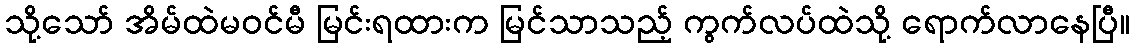
သို့သော် အိမ်ထဲမဝင်မီ မြင်းရထားက မြင်သာသည့် ကွက်လပ်ထဲသို့ ရောက်လာနေပြီ။